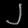
Digit: ၂